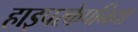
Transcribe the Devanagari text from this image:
हाइपरकेपनिया